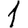
Digit: 1